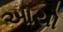
આયો